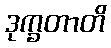
ဒုက္ခတာတိ